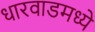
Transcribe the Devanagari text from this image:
धारवाडमध्ये